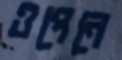
ওপেনে